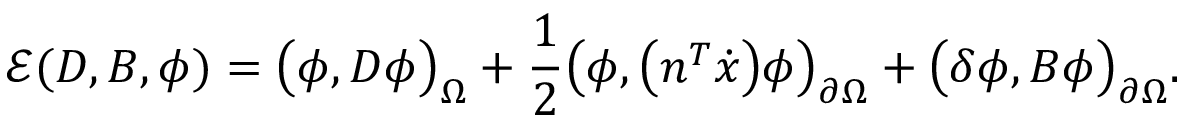
\mathcal { E } ( D , B , \phi ) = \big ( \phi , D \phi \big ) _ { \Omega } + \frac { 1 } { 2 } \big ( \phi , \big ( n ^ { T } \dot { x } \big ) \phi \big ) _ { \partial \Omega } + \big ( \delta \phi , B \phi \big ) _ { \partial \Omega } .